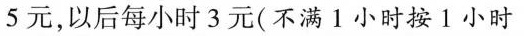
5元，以后每小时3元(不满1小时按1小时